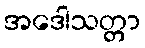
အဒေါသတ္တာ